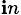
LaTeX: _{\mathbf{i}n}